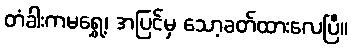
တံခါးကမရွှေ့၊ အပြင်မှ သော့ခတ်ထားလေပြီ။